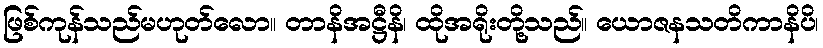
ဖြစ်ကုန်သည်မဟုတ်လော။ တာနိအဋ္ဌီနိ၊ ထိုအရိုးတို့သည်။ ယောဇနသတိကာနိပိ၊